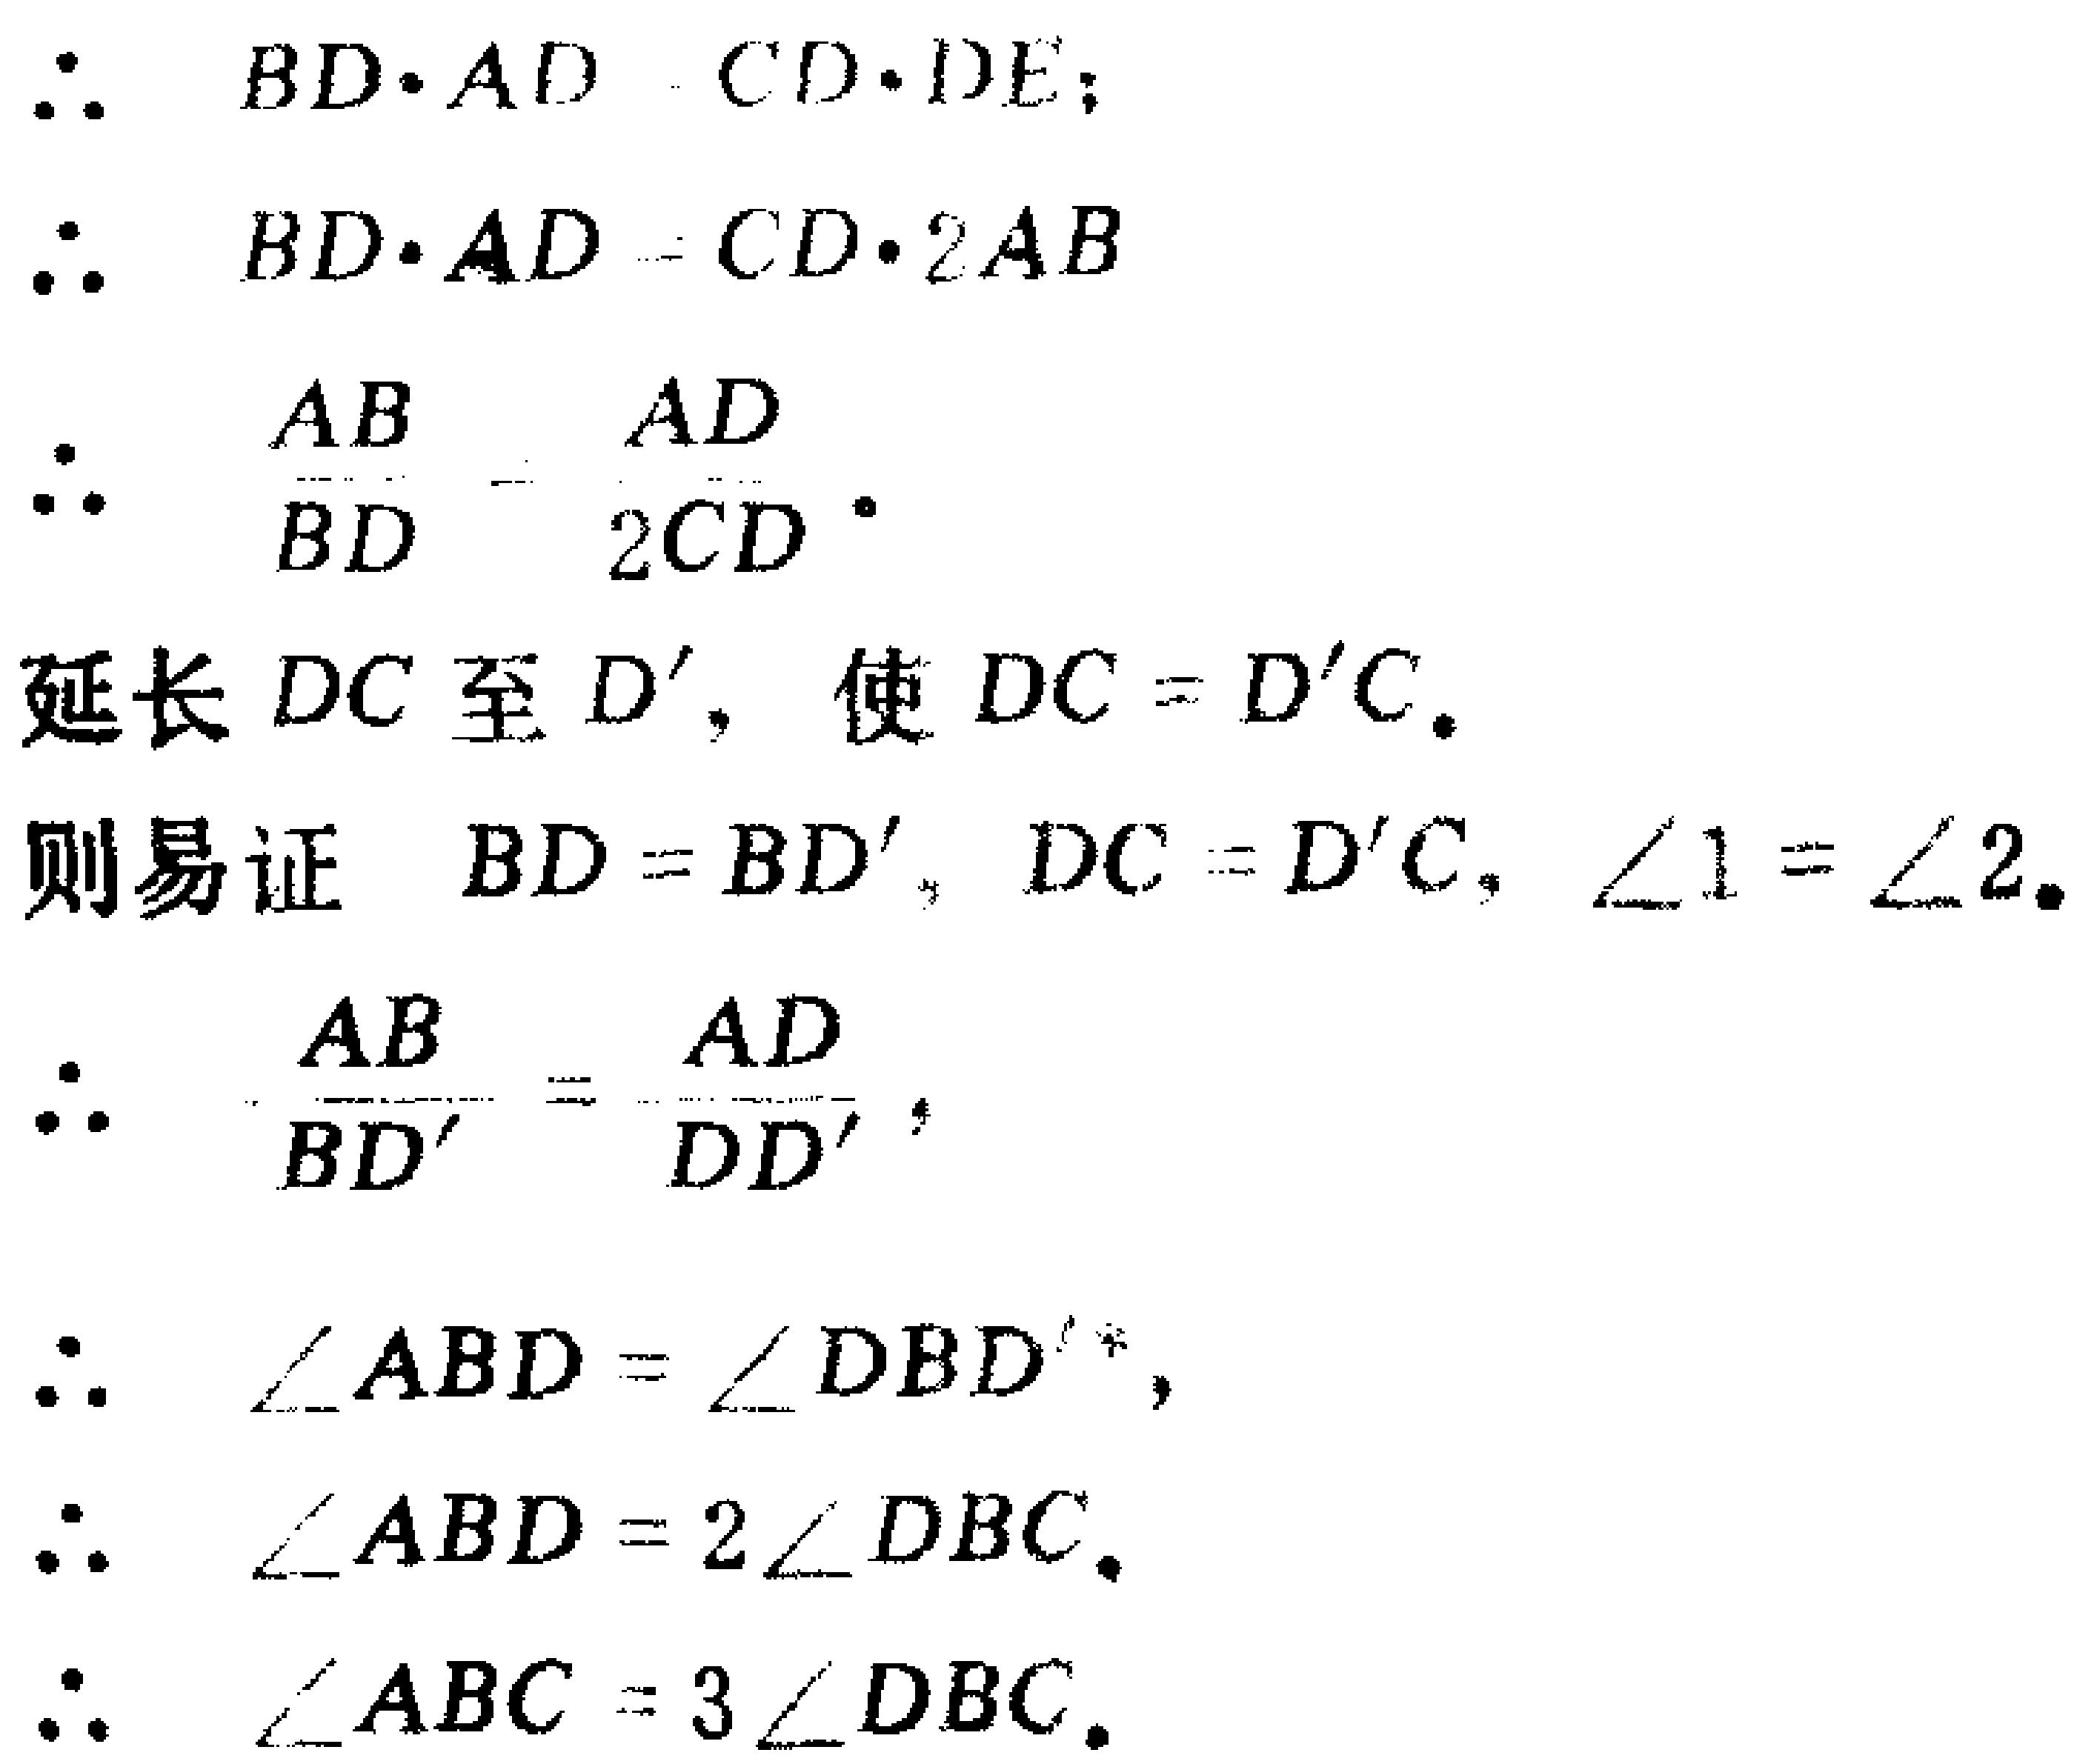
\[\begin{align*}

&\therefore BD\cdot AD = CD\cdot DE;\\

&\therefore BD\cdot AD = CD\cdot 2AB\\

&\therefore \frac{AB}{BD}=\frac{AD}{2CD}.\\

\end{align*}\]

延长 \(DC\) 至 \(D'\)，使 \(DC = D'C\)。

则易证 \(BD = BD'\)，\(DC = D'C\)，\(\angle1=\angle2\)。

\[\begin{align*}

&\therefore \frac{AB}{BD'}=\frac{AD}{DD'},\\

&\therefore \angle ABD=\angle DBD'^{*},\\

&\therefore \angle ABD = 2\angle DBC.\\

&\therefore \angle ABC = 3\angle DBC.

\end{align*}\]